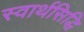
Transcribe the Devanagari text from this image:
स्वार्थसिद्धि